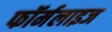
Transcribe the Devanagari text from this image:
फॉर्मलाइज